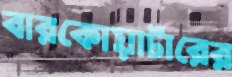
বারকোয়ার্টারের